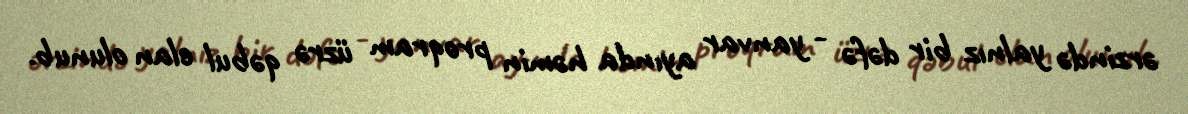
ərzində yalnız bir dəfə - yanvar ayında həmin proqram üzrə qəbul elan olunub.